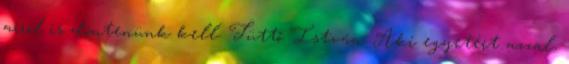
arról is döntenünk kell. Tüttő István: Aki egyetért azzal,